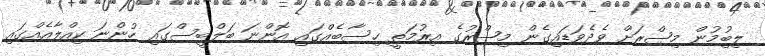
ލިބިުމުން މިޞްރަށް ވެދެވަޑައިގެން މިޞްރުގެ އިރުމަތީ ހިސާބެއްގައި އޮންނަ ބަލްބީސްގައި ހުންނަ ކިއްލާއެއްގައި